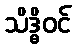
သိဒ္ဓိဝင်